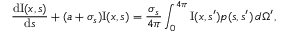
\frac { \ensuremath { \mathrm { d } } \mathrm { I } ( { \ensuremath { \boldsymbol } x } , { \ensuremath { \boldsymbol } s } ) } { \ensuremath { \mathrm { d } } s } + ( a + \sigma _ { s } ) \mathrm { I } ( { \ensuremath { \boldsymbol } x } , { \ensuremath { \boldsymbol } s } ) = \frac { \sigma _ { s } } { 4 \pi } \int _ { 0 } ^ { 4 \pi } \mathrm { I } ( { \ensuremath { \boldsymbol } x } , { \ensuremath { \boldsymbol } s } ^ { \prime } ) p ( { \ensuremath { \boldsymbol } s } , { \ensuremath { \boldsymbol } s } ^ { \prime } ) \, d \Omega ^ { \prime } ,